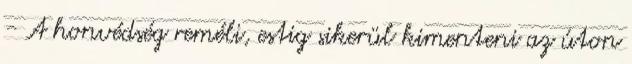
- A honvédség reméli, estig sikerül kimenteni az úton